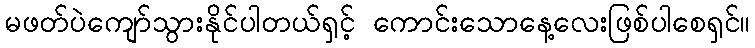
မဖတ်ပဲကျော်သွားနိုင်ပါတယ်ရှင့် ကောင်းသောနေ့လေးဖြစ်ပါစေရှင်။